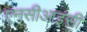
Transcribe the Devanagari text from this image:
एनसीआइसी